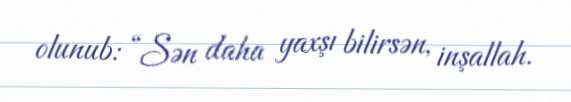
olunub: “Sən daha yaxşı bilirsən, inşallah.